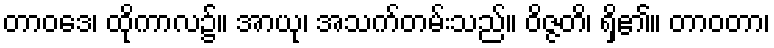
တာဝဒေ၊ ထိုကာလ၌။ အာယု၊ အသက်တမ်းသည်။ ဝိဇ္ဇတိ၊ ရှိ၏။ တာဝတာ၊